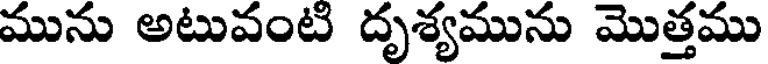
మును అటువంటి దృశ్యమును మొత్తము